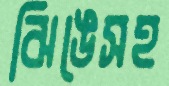
ঝিঙেসহ